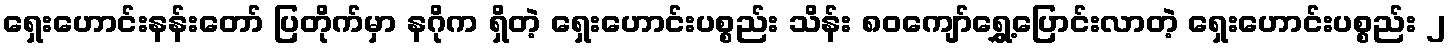
ရှေးဟောင်းနန်းတော် ပြတိုက်မှာ နဂိုက ရှိတဲ့ ရှေးဟောင်းပစ္စည်း သိန်း ၈၀ကျော်ရွှေ့ပြောင်းလာတဲ့ ရှေးဟောင်းပစ္စည်း ၂